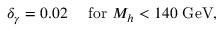
\delta _ { \gamma } = 0 . 0 2 \quad \mathrm { ~ f o r ~ } M _ { h } < 1 4 0 \mathrm { ~ G e V } ,